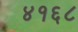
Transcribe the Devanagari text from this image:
४१६८